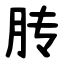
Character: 䏝